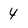
Character: 4